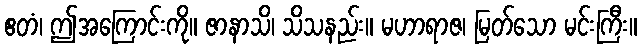
ဧတံ၊ ဤအကြောင်းကို။ ဇာနာသိ၊ သိသနည်း။ မဟာရာဇ၊ မြတ်သော မင်းကြီး။